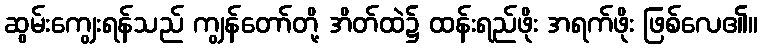
ဆွမ်းကျွေးရန်သည် ကျွန်တော်တို့ အိတ်ထဲ၌ ထန်းရည်ဖိုး အရက်ဖိုး ဖြစ်လေ၏။